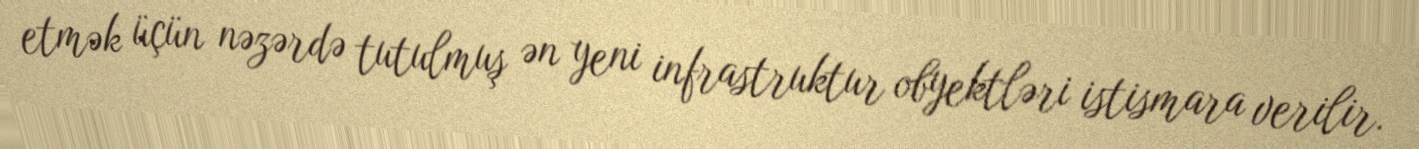
etmək üçün nəzərdə tutulmuş ən yeni infrastruktur obyektləri istismara verilir.